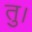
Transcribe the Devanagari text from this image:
तु।